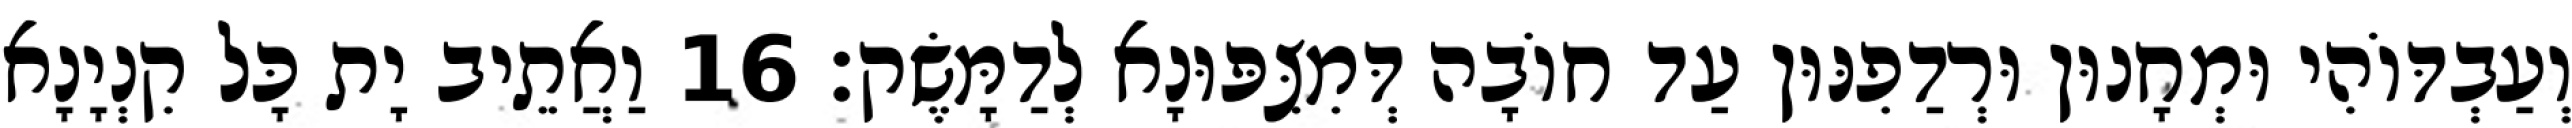
וְעַבְדּוֹהִי וּמְחָנוּן וּרְדַפִנּוּן עַד חוֹבָה דְּמִצִּפּוּנָא לְדַמָּשֶׂק׃ 16 וַאֲתֵיב יָת כָּל קִנְיָנָא